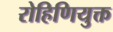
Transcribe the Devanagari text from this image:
रोहिणियुक्त